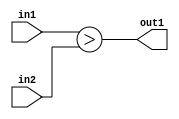
`timescale 1ps / 1ps
/*****************************************************************************
    Verilog RTL Description
    
    
    Created by: Stratus DpOpt 2019.1.01 
*******************************************************************************/

module DC_Filter_LessThan_12Ux9U_1U_4 (
	in2,
	in1,
	out1
	); /* architecture "behavioural" */ 
input [11:0] in2;
input [8:0] in1;
output  out1;
wire  asc001;

assign asc001 = (in1>in2);

assign out1 = asc001;
endmodule

/* CADENCE  urn5Qgk= : u9/ySgnWtBlWxVPRXgAZ4Og= ** DO NOT EDIT THIS LINE ******/